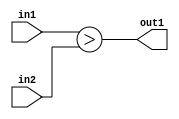
`timescale 1ps / 1ps
/*****************************************************************************
    Verilog RTL Description
    
    
    Created by: Stratus DpOpt 2019.1.01 
*******************************************************************************/

module DC_Filter_LessThan_12Ux9U_1U_4 (
	in2,
	in1,
	out1
	); /* architecture "behavioural" */ 
input [11:0] in2;
input [8:0] in1;
output  out1;
wire  asc001;

assign asc001 = (in1>in2);

assign out1 = asc001;
endmodule

/* CADENCE  urn5Qgk= : u9/ySgnWtBlWxVPRXgAZ4Og= ** DO NOT EDIT THIS LINE ******/